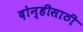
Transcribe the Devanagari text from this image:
दोन्हीसाठी